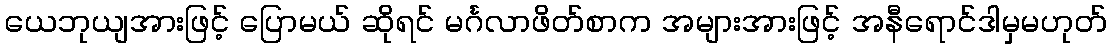
ယေဘုယျအားဖြင့် ပြောမယ် ဆိုရင် မင်္ဂလာဖိတ်စာက အများအားဖြင့် အနီရောင်ဒါမှမဟုတ်